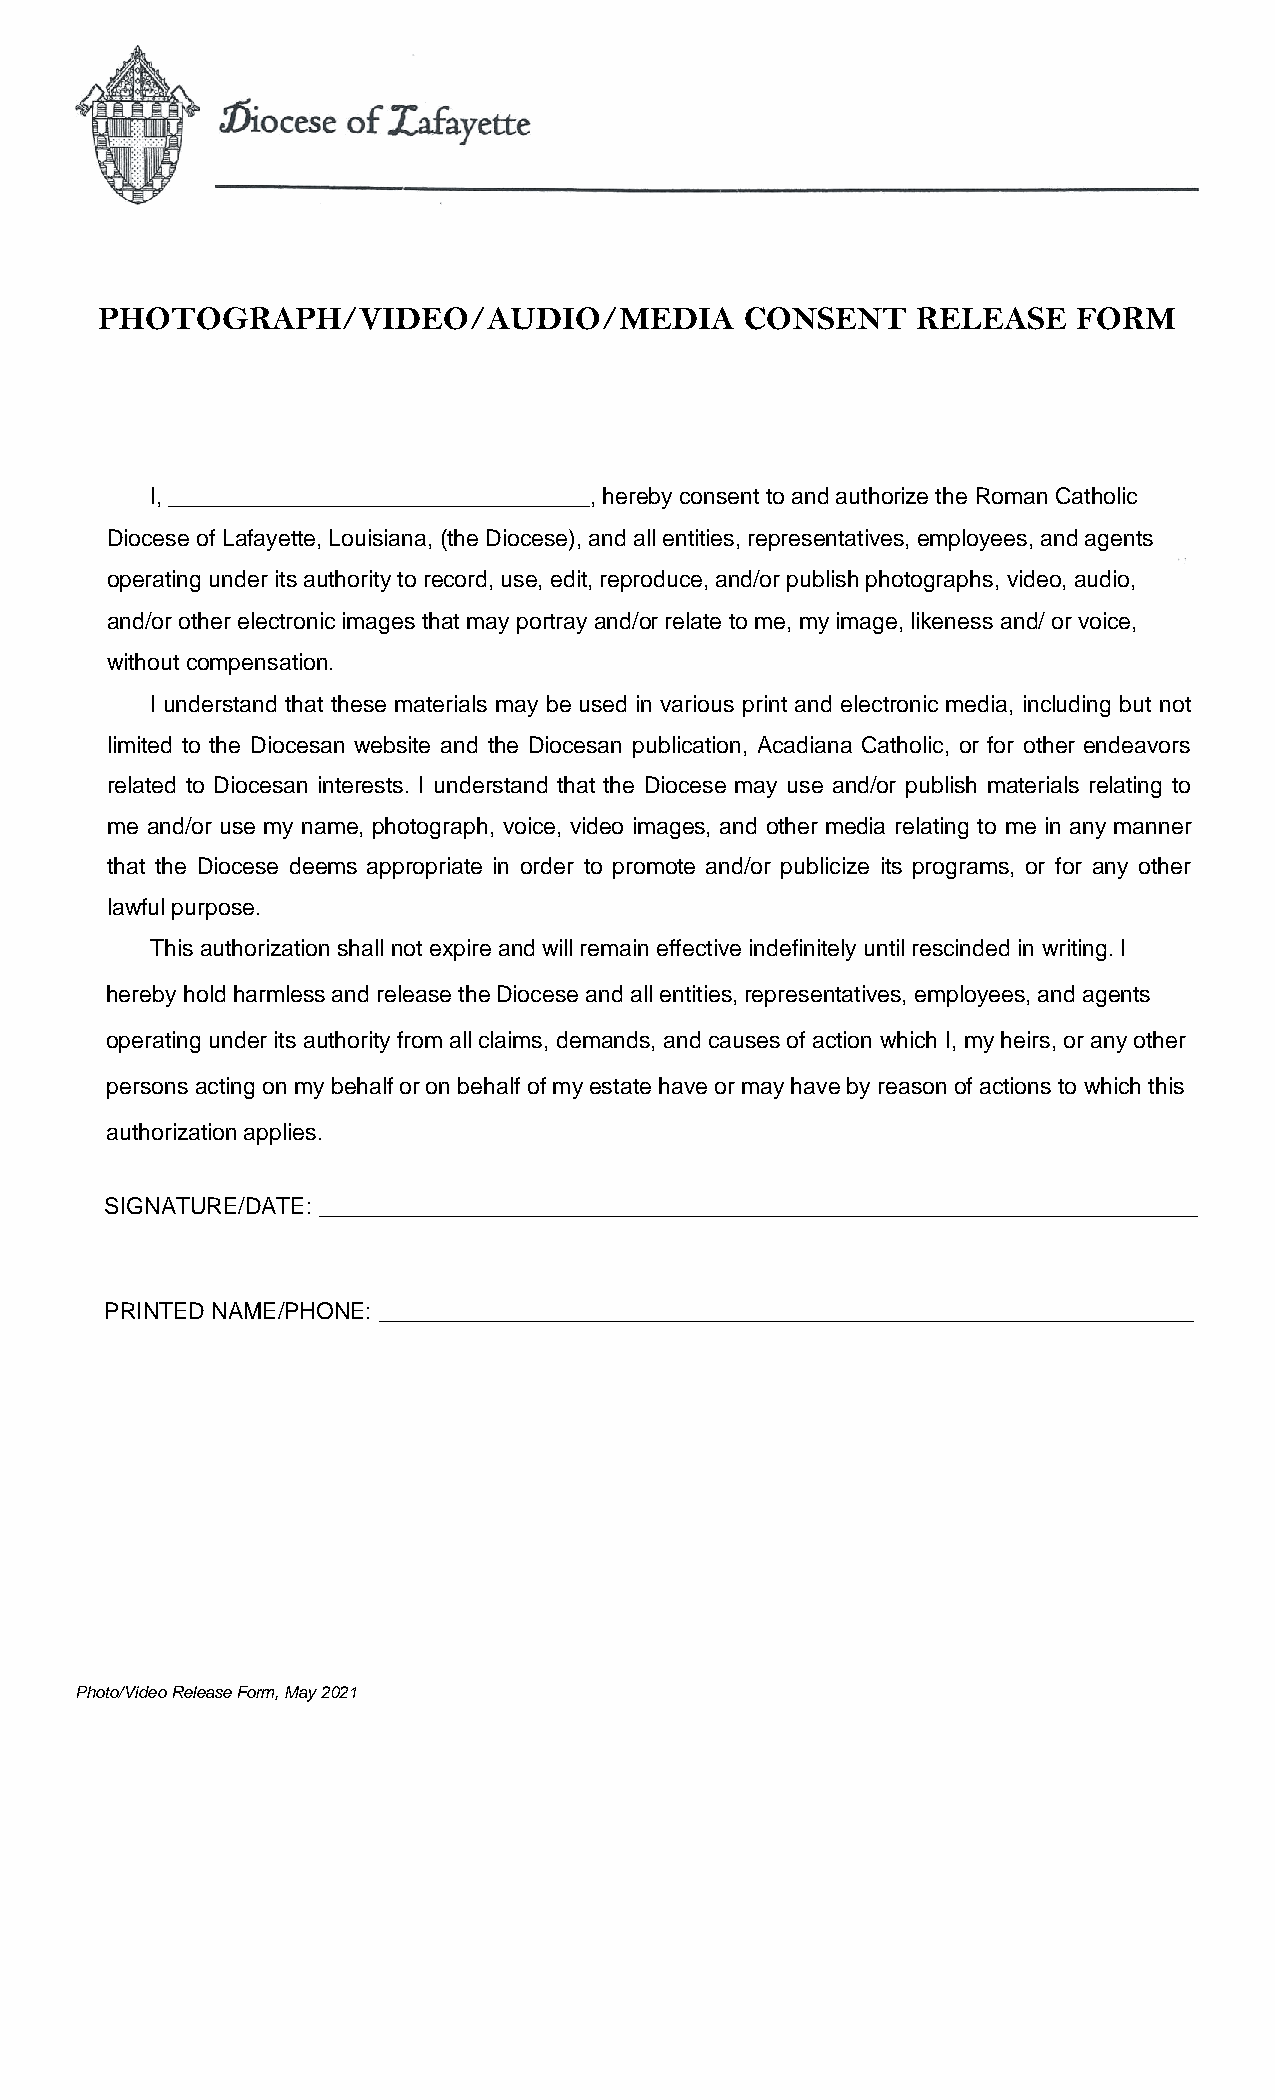
PHOTOGRAPH/VIDEO/AUDIO/MEDIA               CONSENT     RELEASE   FORM
 I, _________________________________, hereby consent to and authorize the Roman Catholic
 Diocese of Lafayette, Louisiana, (the Diocese), and all entities, representatives, employees, and agents
 operating under its authority to record, use, edit, reproduce, and/or publish photographs, video, audio,
 and/or other electronic images that may portray and/or relate to me, my image, likeness and/ or voice,
 without compensation.
 I understand that these materials may be used in various print and electronic media, including but not
 limited to the Diocesan website and the Diocesan publication, Acadiana Catholic, or for other endeavors
 related to Diocesan interests. I understand that the Diocese may use and/or publish materials relating to
 me and/or use my name, photograph, voice, video images, and other media relating to me in any manner
 that the Diocese deems appropriate in order to promote and/or publicize its programs, or for any other
 lawful purpose.
 This authorization shall not expire and will remain effective indefinitely until rescinded in writing. I
 hereby hold harmless and release the Diocese and all entities, representatives, employees, and agents
 operating under its authority from all claims, demands, and causes of action which I, my heirs, or any other
 persons acting on my behalf or on behalf of my estate have or may have by reason of actions to which this
 authorization applies.
 SIGNATURE/DATE: _____________________________________________________________________
 PRINTED NAME/PHONE: ________________________________________________________________
 Photo/Video Release Form, May 2021